Lunatic asylums Punjab 1868-1880 - 1868-1880
Year: 1868
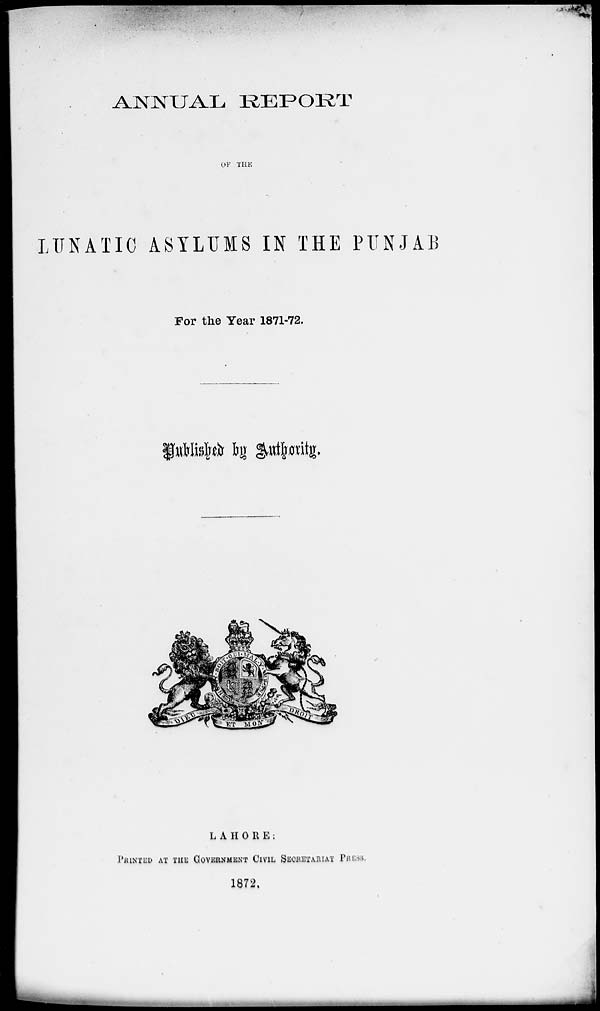
ANNUAL REPORT
OF THE
LUNATIC ASYLUMS IN THE PUNJAB
For the Year 1871-72.
Published by Authority.
LAHORE:
Printed
AT THE GOVERNMENT CIVIL SECRETARIAT PRESS.
1872.